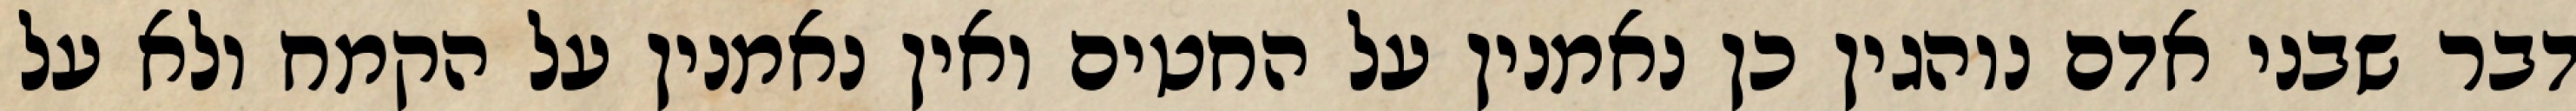
דבר שבני אדם נוהגין כן נאמנין על החטים ואין נאמנין על הקמח ולא על